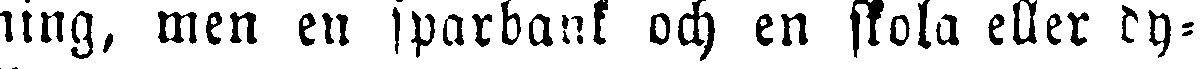
ning, men en sparbank och en skola eller dy-